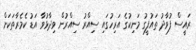
ރައީސް ފުވާދު ތައުފީގު މަނިކުގެ އަރިހުގައި ސިއްރު ސިއްރުން ވިދާޅުވާ އަޑު ކެމެރާތަކަށް